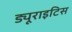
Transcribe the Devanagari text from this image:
ड्यूराइटिस